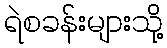
ရဲစခန်းများသို့